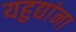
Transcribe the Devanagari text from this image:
यहुद्यांना